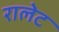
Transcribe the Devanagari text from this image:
रालेट